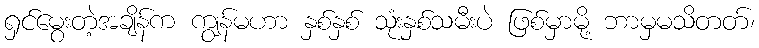
ရှင်မွေးတဲ့အချိန်က ကျွန်မဟာ နှစ်နှစ် သုံးနှစ်သမီးပဲ ဖြစ်မှာမို့ ဘာမှမသိတတ်၊